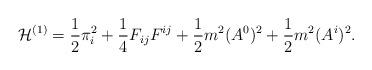
LaTeX: \begin{align*}{\cal H}^{(1)}=\frac{1}{2}\pi_{i}^2+ \frac{1}{4}F_{ij}F^{ij} +\frac{1}{2} m^2 (A^0)^2+ \frac{1}{2} m^2 (A^i)^{2}.\end{align*}